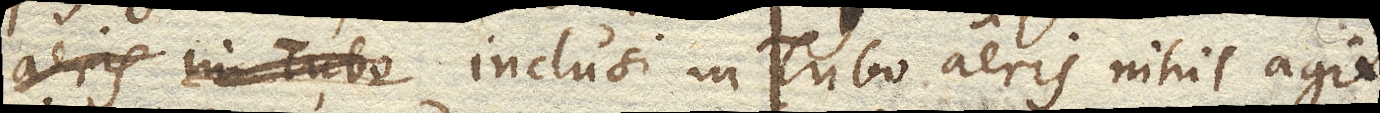
inclusi in Tubo aeris nihil agit